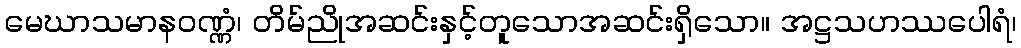
မေဃာသမာနဝဏ္ဏံ၊ တိမ်ညိုအဆင်းနှင့်တူသောအဆင်းရှိသော။ အဋ္ဌသဟဿပေါရံ၊